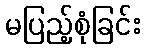
မပြည့်စုံခြင်း